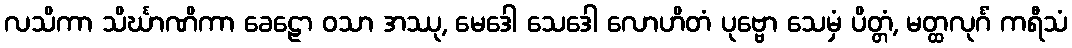
လသိကာ သိင်္ဃာဏိကာ ခေဠော ဝသာ အဿု, မေဒေါ သေဒေါ လောဟိတံ ပုဗ္ဗော သေမှံ ပိတ္တံ, မတ္ထလုင်္ဂံ ကရီသံ